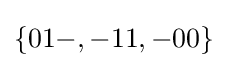
\{01-,-11,-00\}